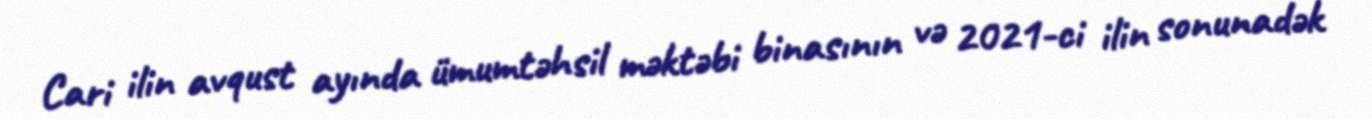
Cari ilin avqust ayında ümumtəhsil məktəbi binasının və 2021-ci ilin sonunadək